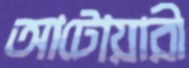
আটোয়ারী